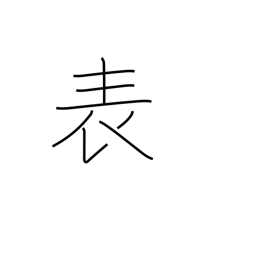
Meaning: surface